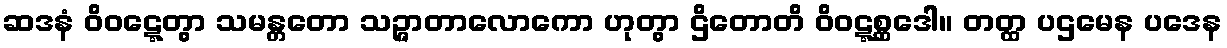
ဆဒနံ ဝိဝဋ္ဋေတွာ သမန္တတော သဉ္ဇာတာလောကော ဟုတွာ ဌိတောတိ ဝိဝဋ္ဋစ္ဆဒေါ။ တတ္ထ ပဌမေန ပဒေန